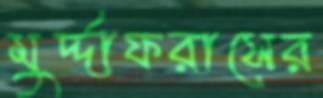
মুর্দ্দাফরাসের